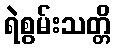
ရဲစွမ်းသတ္တိ